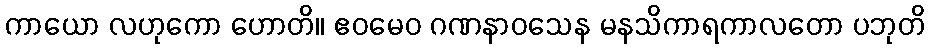
ကာယော လဟုကော ဟောတိ။ ဧဝမေဝ ဂဏနာဝသေန မနသိကာရကာလတော ပဘုတိ